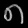
Digit: ၈